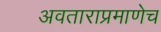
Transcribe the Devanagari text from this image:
अवताराप्रमाणेच